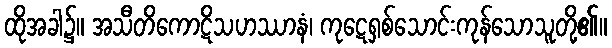
ထိုအခါ၌။ အသီတိကောဋိသဟဿာနံ၊ ကုဋေရှစ်သောင်းကုန်သောသူတို့၏။